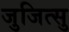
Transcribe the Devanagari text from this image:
जुजित्सु